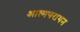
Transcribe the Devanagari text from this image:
आत्मपरागन